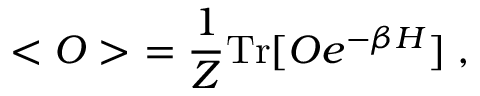
< { \cal O } > ~ = \frac { 1 } { Z } \mathrm { T r } [ { \cal O } e ^ { - \beta H } ] \; ,